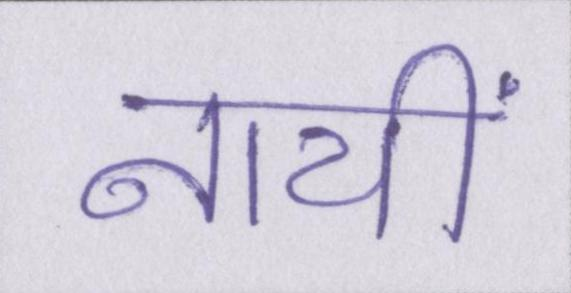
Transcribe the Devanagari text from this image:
नायीं